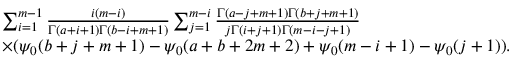
\begin{array} { r l } { \! \! \! \! \! \! \! \! \! \! \! \! \! \! \! \! } & { \sum _ { i = 1 } ^ { m - 1 } \frac { i ( m - i ) } { \Gamma ( a + i + 1 ) \Gamma ( b - i + m + 1 ) } \sum _ { j = 1 } ^ { m - i } \frac { \Gamma ( a - j + m + 1 ) \Gamma ( b + j + m + 1 ) } { j \Gamma ( i + j + 1 ) \Gamma ( m - i - j + 1 ) } } \\ { \! \! \! \! \! \! \! \! \! \! \! \! \! \! \! \! } & { \times ( \psi _ { 0 } ( b + j + m + 1 ) - \psi _ { 0 } ( a + b + 2 m + 2 ) + \psi _ { 0 } ( m - i + 1 ) - \psi _ { 0 } ( j + 1 ) ) . } \end{array}